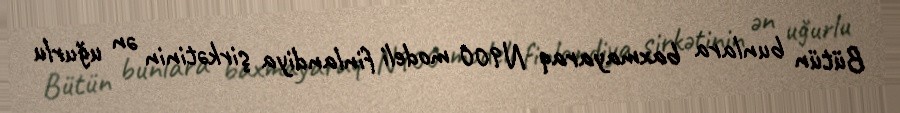
Bütün bunlara baxmayaraq N900 modeli finlandiya şirkətinin ən uğurlu